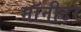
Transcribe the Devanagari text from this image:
माॅनीटर